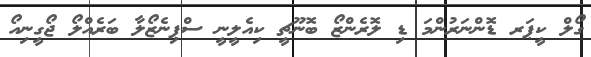
ގޯލް ކީޕަރ ޑޮންނަރުންމަ ޑި ލޮރެންޒޯ ބޮނޫޗީ ކިއެލީނީ ސްޕިނެޒޯލާ ބަރެއްލޯ ޖޯގީނިއޯ